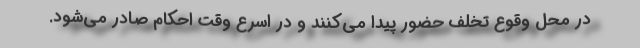
در محل وقوع تخلف حضور پیدا می‌کنند و در اسرع وقت احکام صادر می‌شود.